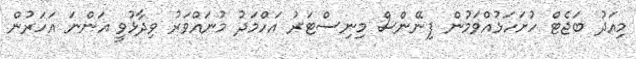
މިއަދު ބަޖެޓް ހުށަހަޅުއްވަމުން ފިނޭންސް މިނިސްޓަރު އަހްމަދު މުނައްވަރު ވިދާޅުވީ އަންނަ އަހަރުން